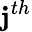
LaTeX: \mathbf{j}^{th}